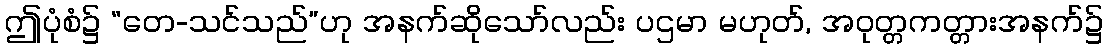
ဤပုံစံ၌ “တေ-သင်သည်”ဟု အနက်ဆိုသော်လည်း ပဌမာ မဟုတ်, အဝုတ္တကတ္တားအနက်၌